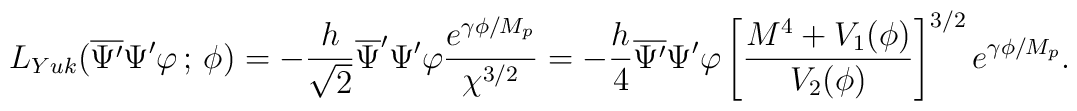
L_{Yuk}(\overline{\Psi^{\prime}}\Psi^{\prime}\varphi \,;\, \phi)=-\frac{h}{\sqrt{2}}\overline{\Psi}^{\prime}\Psi^{\prime} \varphi \frac{e^{\gamma\phi/M_{p}}}{\chi^{3/2}}= -\frac{h}{4}\overline{\Psi^{\prime}}\Psi^{\prime}\varphi\left[\frac{M^{4}+V_{1}(\phi)}{V_{2}(\phi)}\right]^{3/2}e^{\gamma\phi/M_{p}}.